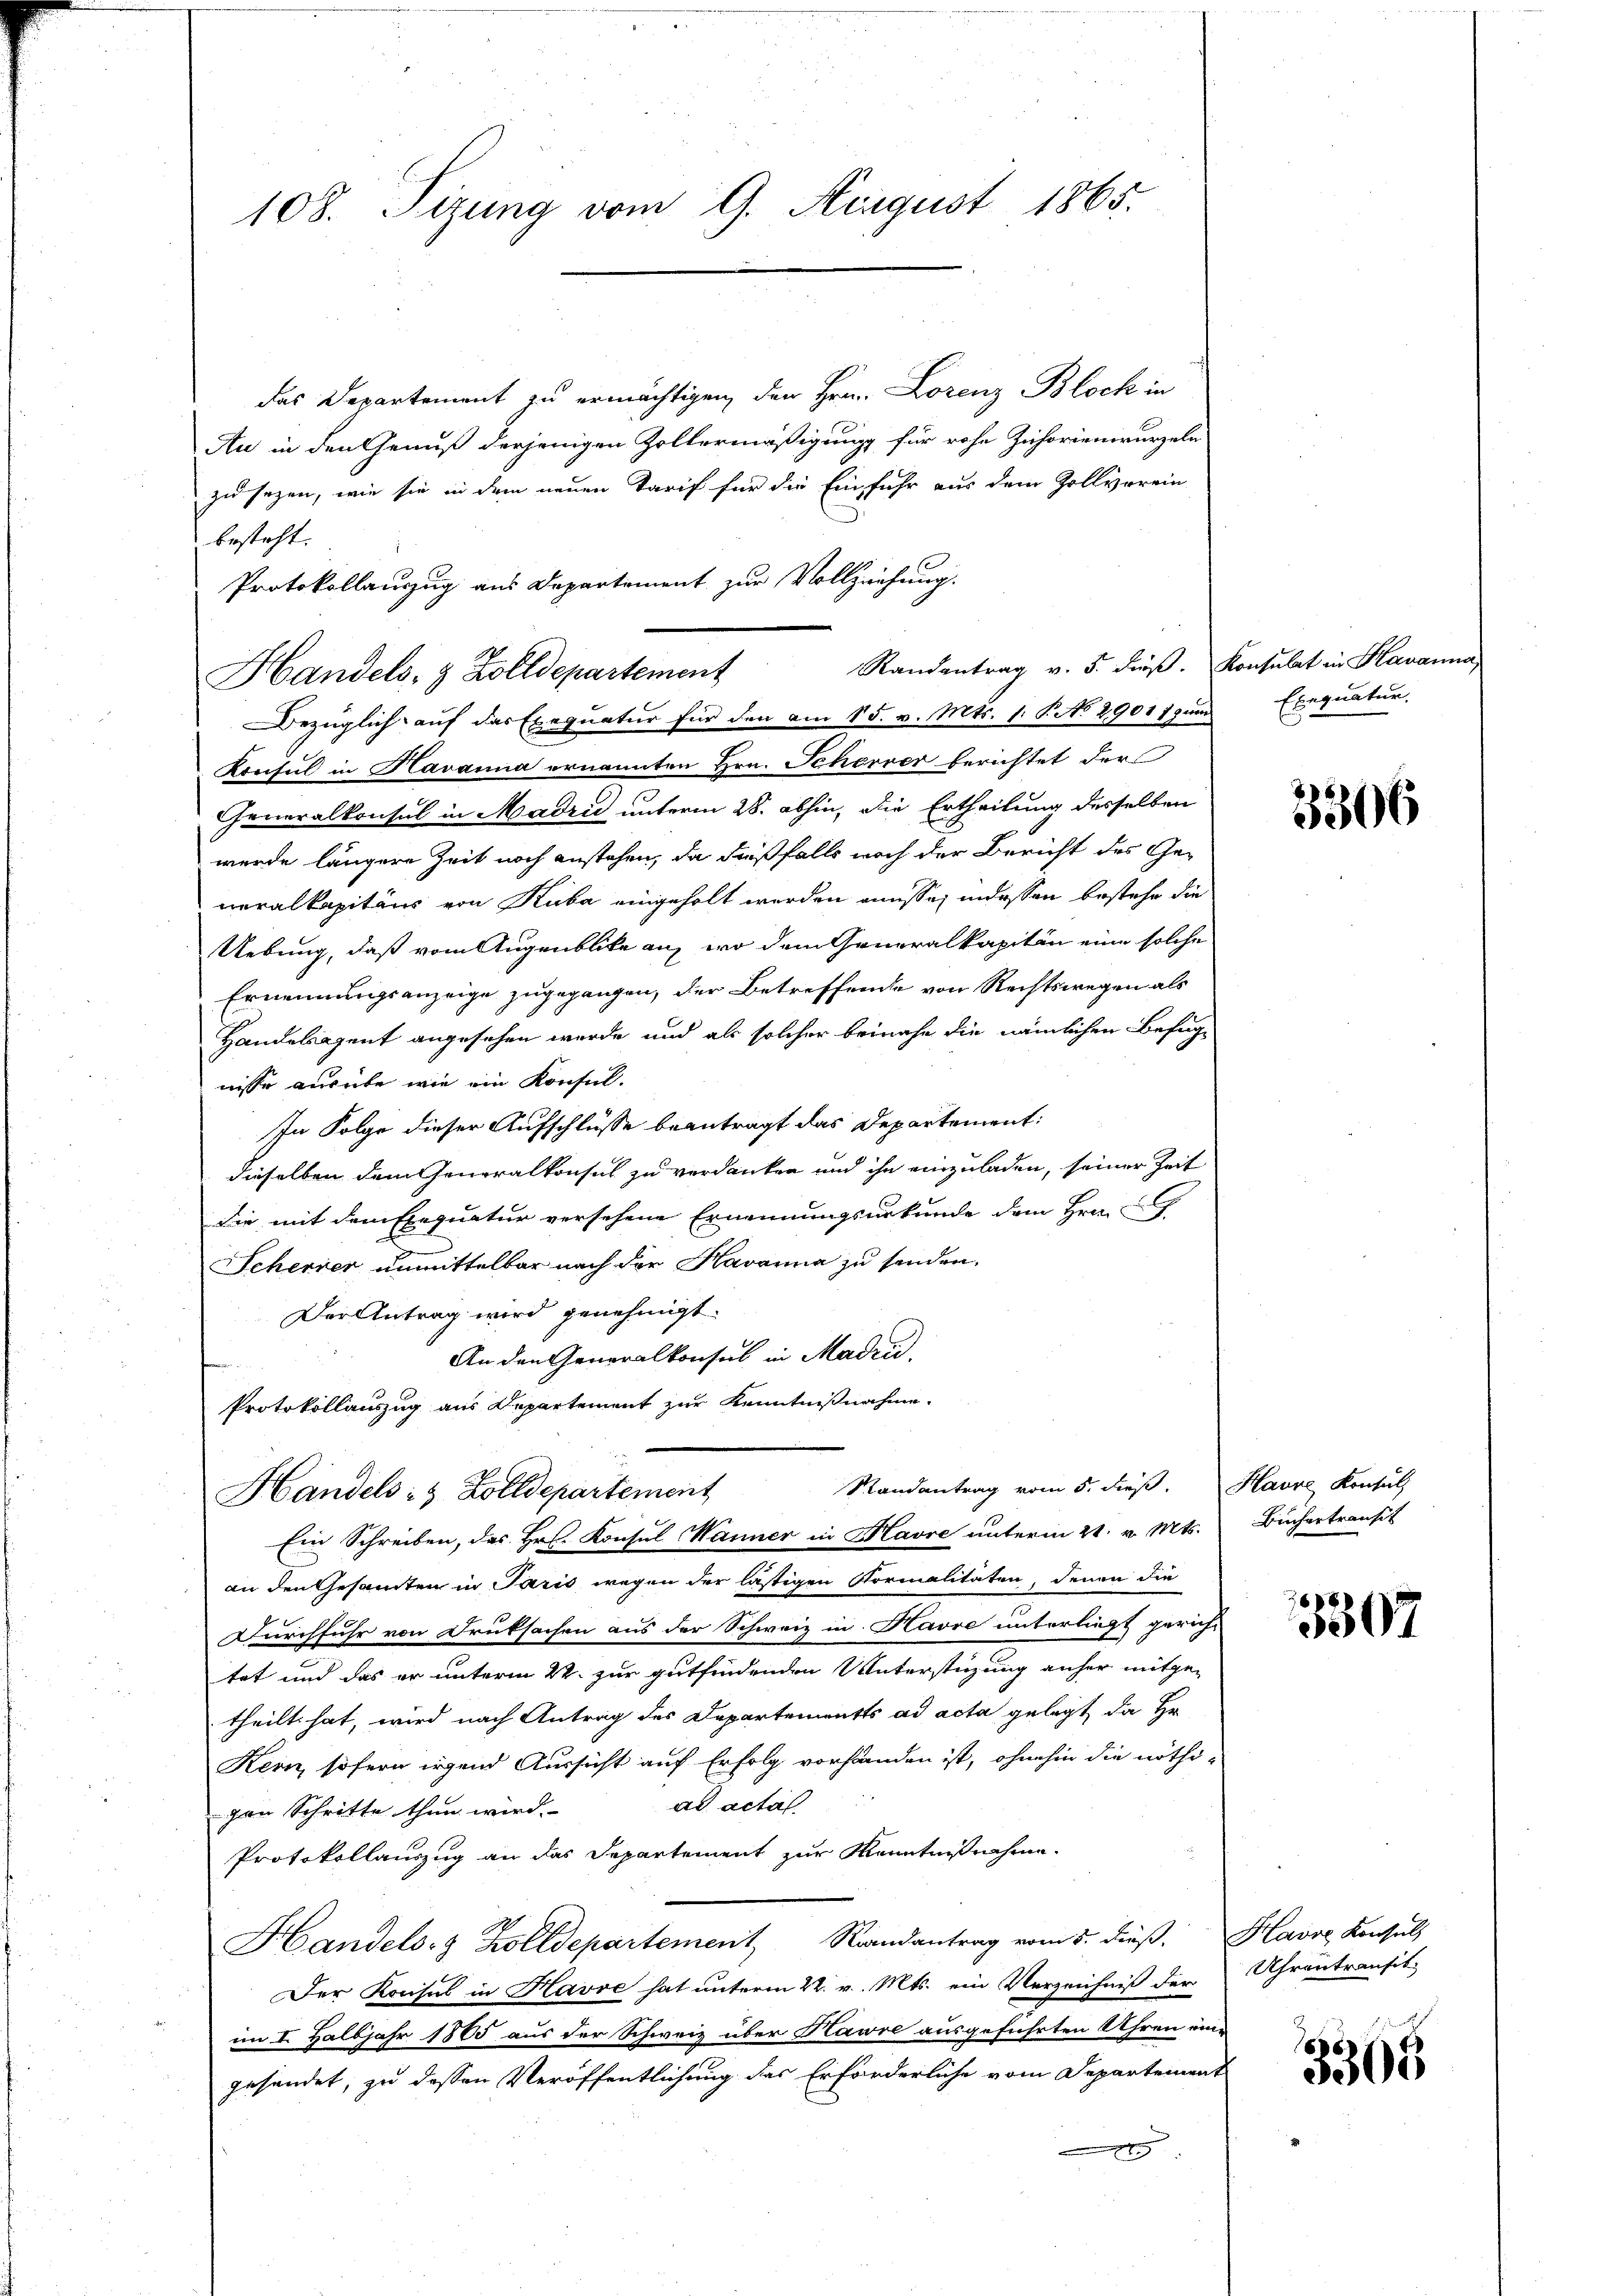
108. Tizung vom 9. August 1865.

das Departement zu ermächtigen, der Hrn. Lorenz Block in
Au in den Genuß derjenigen Zollermäßigung für rohe Zuhorienwurzeln
zu sezen, wie sie in dem neuen Tarif für die Einfuhr aus dem Zollverein
besteht.
Protokollauszug aus Departement zur Vollziehung.
Randantrag v. 5. dieβ. Konsulat in Havanna,
Handels- & Zolldepartement
Bezüglich auf das Exequatur für den am 15. v. Mts. 1. P. No 29017 zum
Konsul in Havanna ernannten Hrn. Scherrer berichtet der
Generalkonsul in Madrid unterm 28. abhin, die Ertheilung desselben
wurde längere Zeit noch anstehen, da dießfalls noch der Bericht des Generalkapitäns von Kuba eingeholt werden müsse, indessen bestehe die
Uebung, daß vom Augenblicke an, wo dem Generalkapitän eine solche
Ernennungsanzeige zugegangen, der Betreffende von Rechtswegen als
Handelsagent angesehen werde und als solcher beinahe die nämlichen Befug-
nisse ausübe, wie ein Konsul-
In Folge dieser Aufschlüsse beantragt das Departement:
dieselben dem Generalkonsul zu verdanken und ihn einzuladen, seiner Zeit
die mit dem Exequatur versehene Ernennungsurkunde dem Hrn.
Scherner unmittelbar nach der Havanna zu senden.
Der Antrag wird genehmigt.
An den Generalkonsul in Madri.
Protokollauszug aus Departement zur Kenntnißnahme.
Randantrag vom 5. dieß. Havre Kontul
Handels- & Zolldepartement
Ein Schreiben, das Hr. Konsul Manner in Havre unterm 21. v. Mts.
an den Gesamten in Paris wegen der lästigen Formalitäten, denen die
Durchfuhr von Druksachen aus der Schweiz in Havre unterliegt gerich-
tet und das er unterm 22. zur gutfindenden Unterstüzung anher mitge-
theilt hat, wird nach Antrag des Departements ad acta gelegt, da Hr.
Kern, sofern irgend Aussicht auf Erfolg vorhanden ist, ohnehin die nöthi-
ad actal
gen Schritte thun wird.
Protokollauszug an das Departement zur Kenntnißnahme.
Handels- & Zolldepartement, Randantrag vom 5. dieβ. Havre Konsuls
Der Konsul in Havre hat unterm 22. v. Mts. ein Verzeichniß der Uhrentransit
im I. Halbjahr 1865 aus der Schweiz über Kawre ausgeführten Uhren eingesendet, zu dessen Veröffentlichung das Erforderliche vom Departement
.

Exequatur,

3506

Büchertrauft

3307

3308